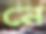
নে